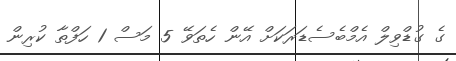
ގެ ގުޑްވިލް އެމްބެސެޑަރަކަށް އޭން ހެތަވޭ 5 މަސް 1 ހަފްތާ ކުރިން